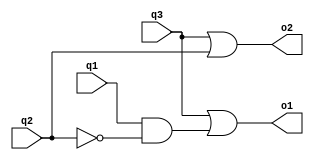
`timescale 1ns / 1ps
//////////////////////////////////////////////////////////////////////////////////
// Company: ELD
// 
// Design Name:	First Design
// Module Name:    PE 
// Project Name: Priority Encoder Implementation
// Target Devices: FPGA 
// Tool versions: 
// Description: 
//
// Dependencies: 
//
// Revision: 
// Revision 0.01 - File Created
// Additional Comments: 
//
//////////////////////////////////////////////////////////////////////////////////
module PE(q1,q2,q3,o1,o2);

	input q1,q2,q3;
	output o1,o2;
	wire q1,q2,q3;
	wire o1,o2;
	or ore( o2,q3,q2 );
	not(tmp2,q2);
	and and1(tmp,q1,tmp2);
	or or2( o1,q3,tmp);
//	always@(posedge clock) begin
//	
//	end
endmodule